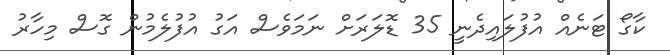
ކާގޯ ޓަނެއް އުފުލައިދެނީ 35 ޑޮލަރަށް ނަމަވެސް އަގު އުފުލެމުން ގޮސް މިހާރު